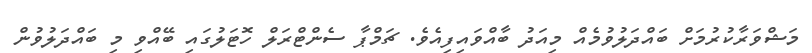
މަޝްވަރާކުރުމަށް ބައްދަލުވުމެއް މިއަދު ބާއްވައިފިއެވެ. ޗަމްޕާ ސެންޓްރަލް ހޮޓަލުގައި ބޭއްވި މި ބައްދަލުވުން